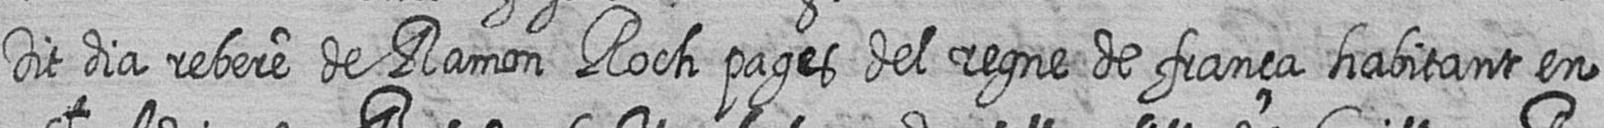
Dit dia rebere de Ramon Roch pages del regne de frança habitant en